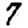
Digit: 7